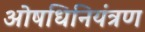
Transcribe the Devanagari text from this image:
ओषधिनियंत्रण